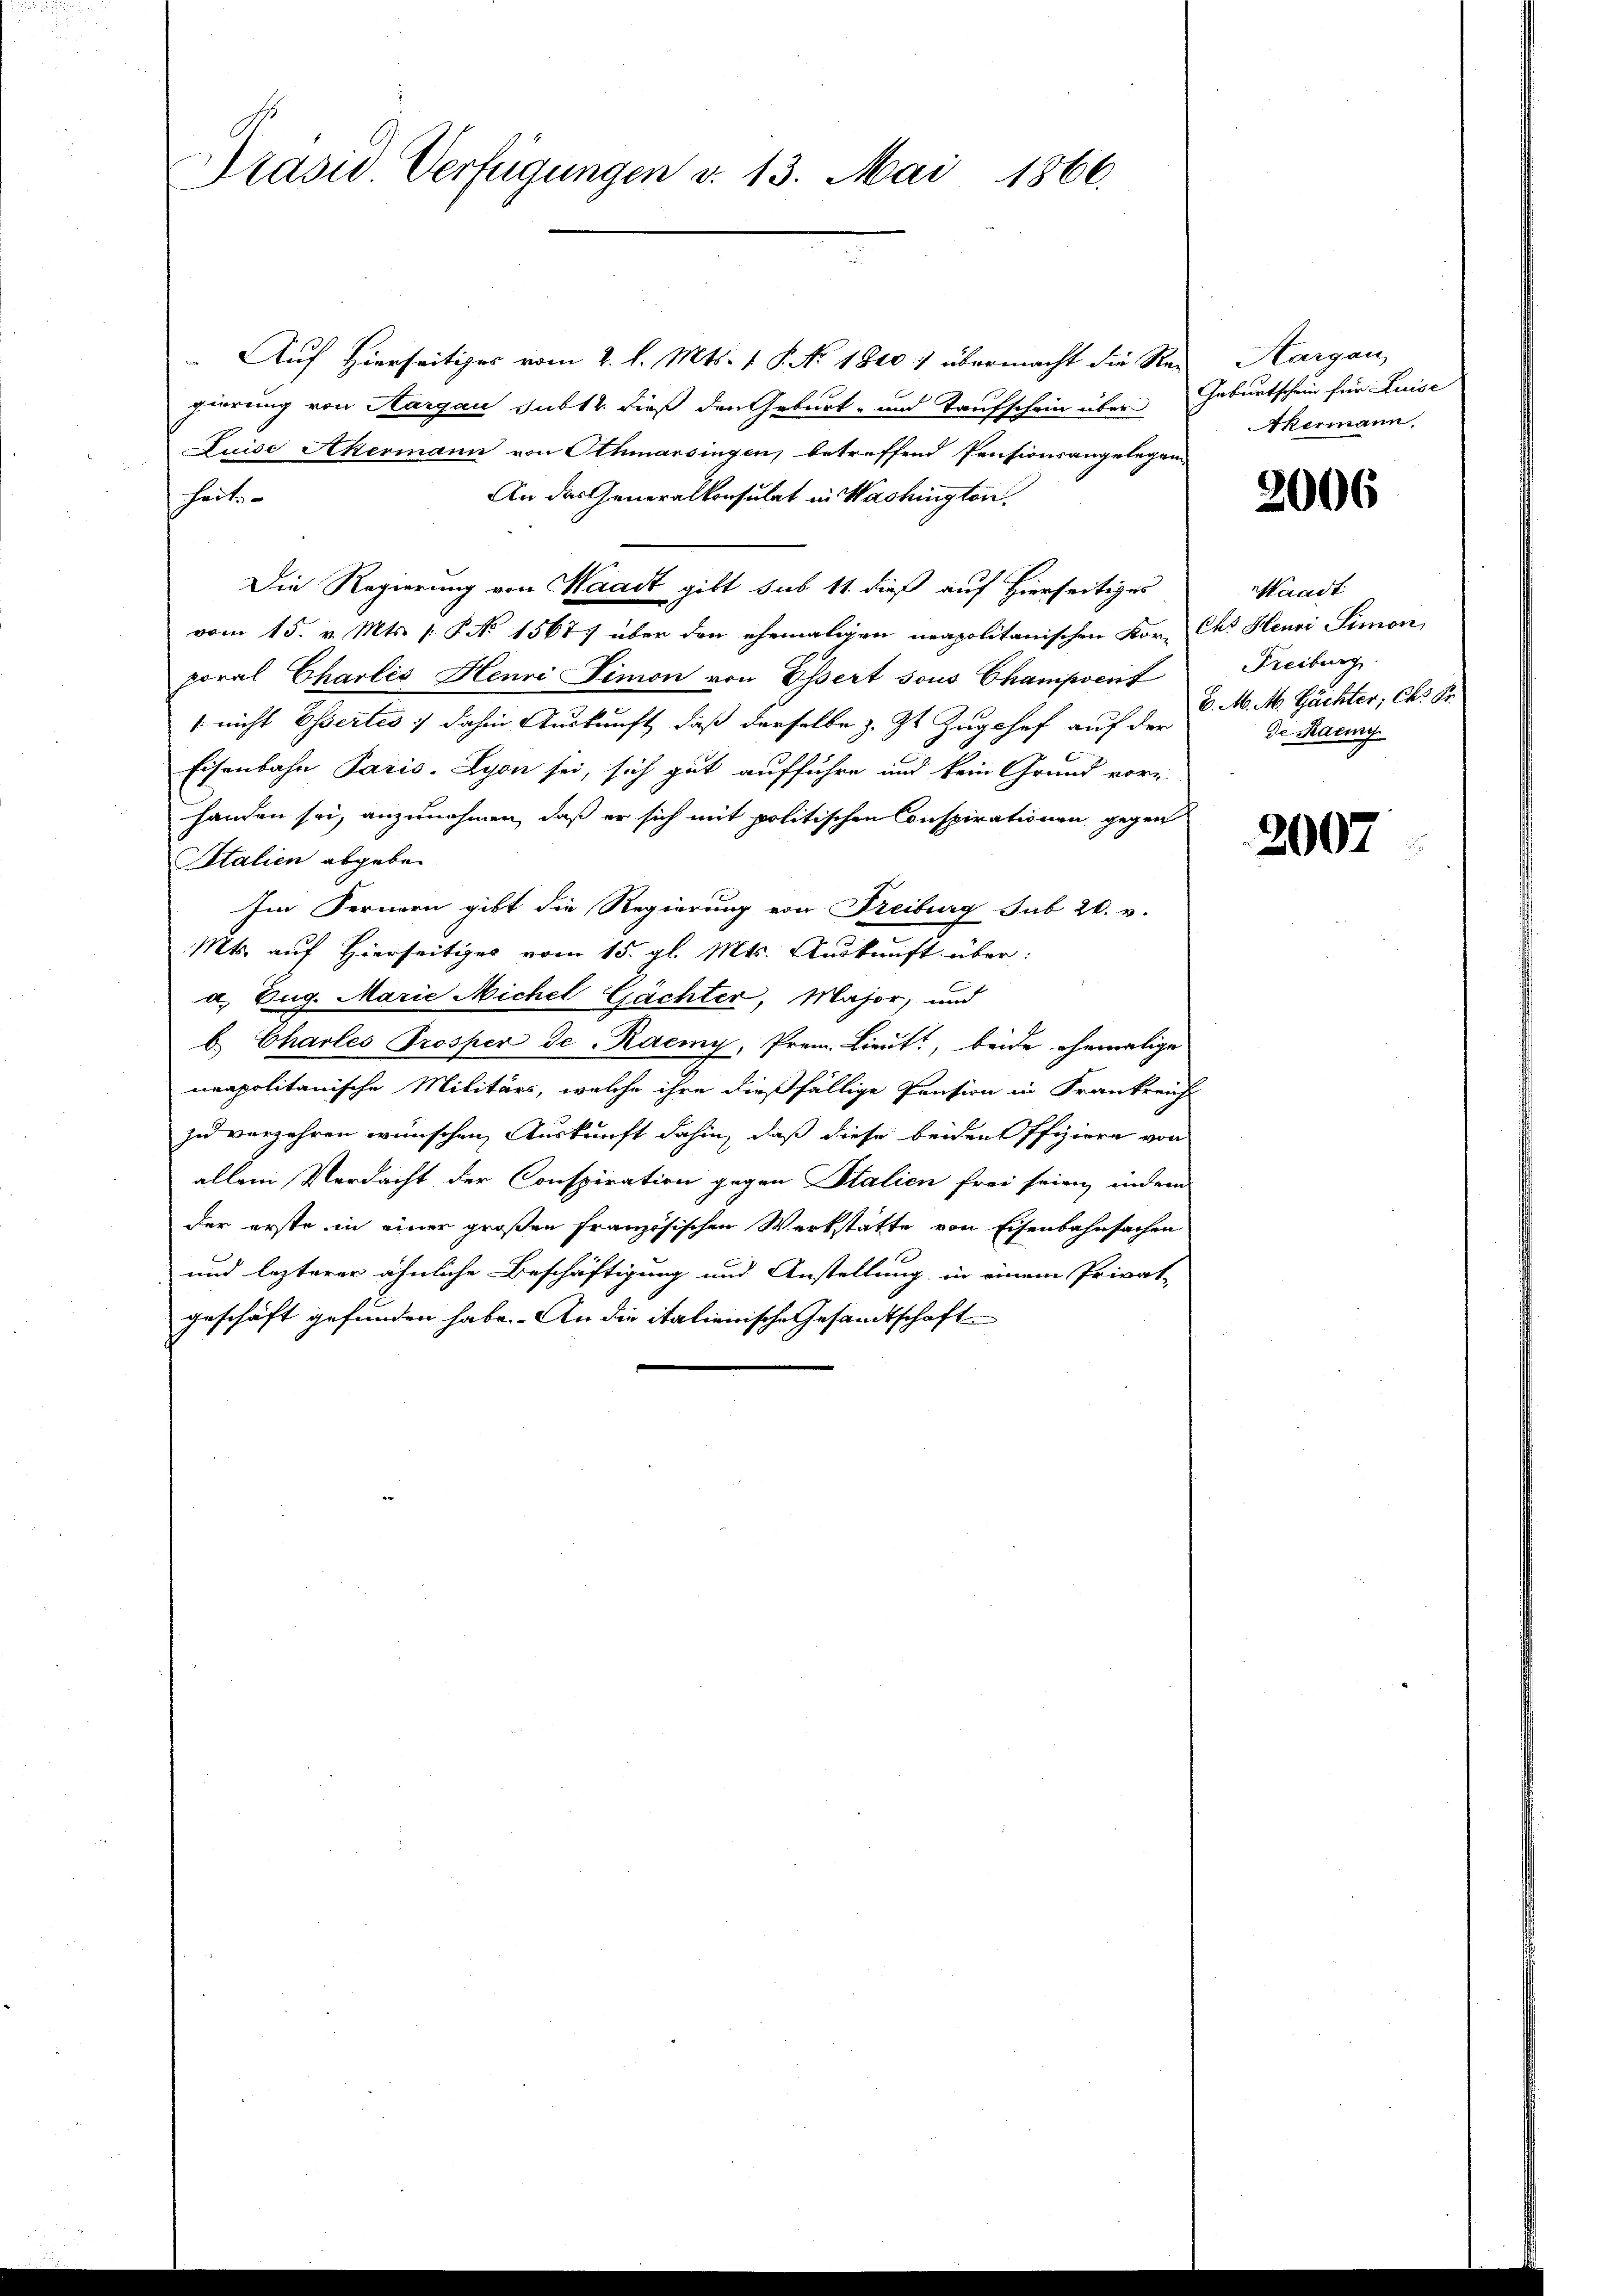
Präsid. Verfügungen v. 13. Mai 1866.

Auf Hierseitiges vom 2. l. Mts. v. P. No 1900) übermacht die Re-
gierung von Aargau subtr. dieß den Geburt- und Taufschein über
Luise Akermann von Athmarsingen, betreffend Pensionsangelegen
An das Generalkonsulat in Wachingten.
haut.
Die Regierung von Waadt gibt sub 11. dieß auf Hierseitiges
vom 15. v. Mts. s: P. No 1567 über den ehemaligen neapolitanischen Kor- des Henri Simon
poral Charlis Henri Timon von Essert sous Champsent
/ nicht Essertes :/ dahin Auskunft, daß derselbe z. Zt. Zugshof auf der v. M. M. Gächter, Chs de
Eisenbahn Paris. Lyon sei, sich gut aufführe und kein Grund vor-
handen sei, anzunehmen, daß er sich mit politischen Conspirationen gegen
Stalien abgeben
Im Fernern gibt die Regierung von Freiburg sub 20. v.
Mts. auf Hierseitiges vom 15. gl. Mts. Auskunft über:
a. Zug. Marie Michel Gächter, Major, und
b. Charles Trosper Je-Raemy, Prem. Lieut., beide ehemalige
neapolitanische Militärs, welche ihre dießfällige Pension in Frankreich
zu verzehren wünschen Auskunft dahin, daß diese beiden Offiziere von
allein Verdacht der Conspiration gegen Stalien frei seien, indem
der erste in einer großen französischen Werkstätte von Eisenbahnsachen
und lezterer ähnliche Beschäftigung und Anstellung in einem Privat-
geschrift gefunden habe. An die italienische Gesandtschaft

Aargau,
Geburtschein für Luise
Akermann,

2006

Waadt
Freiburg
de Haenny

2007